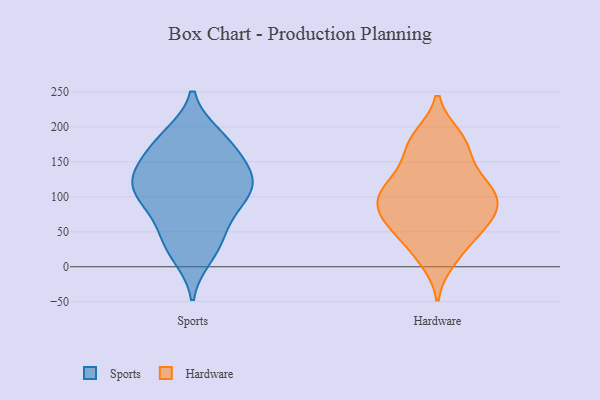
{"axis": {"x": "Temperature (°C)", "y": "Value"}, "legend": ["Hardware", "Sports"], "data": [{"x": "", "y": 188, "type": "Sports"}, {"x": "", "y": 99, "type": "Sports"}, {"x": "", "y": 95, "type": "Sports"}, {"x": "", "y": 41, "type": "Sports"}, {"x": "", "y": 68, "type": "Sports"}, {"x": "", "y": 102, "type": "Sports"}, {"x": "", "y": 156, "type": "Sports"}, {"x": "", "y": 101, "type": "Sports"}, {"x": "", "y": 187, "type": "Sports"}, {"x": "", "y": 130, "type": "Sports"}, {"x": "", "y": 123, "type": "Sports"}, {"x": "", "y": 182, "type": "Sports"}, {"x": "", "y": 119, "type": "Sports"}, {"x": "", "y": 127, "type": "Sports"}, {"x": "", "y": 22, "type": "Sports"}, {"x": "", "y": 143, "type": "Sports"}, {"x": "", "y": 159, "type": "Sports"}, {"x": "", "y": 52, "type": "Sports"}, {"x": "", "y": 15, "type": "Sports"}, {"x": "", "y": 184, "type": "Hardware"}, {"x": "", "y": 11, "type": "Hardware"}, {"x": "", "y": 40, "type": "Hardware"}, {"x": "", "y": 105, "type": "Hardware"}, {"x": "", "y": 106, "type": "Hardware"}, {"x": "", "y": 176, "type": "Hardware"}, {"x": "", "y": 145, "type": "Hardware"}, {"x": "", "y": 19, "type": "Hardware"}, {"x": "", "y": 114, "type": "Hardware"}, {"x": "", "y": 116, "type": "Hardware"}, {"x": "", "y": 81, "type": "Hardware"}, {"x": "", "y": 165, "type": "Hardware"}, {"x": "", "y": 59, "type": "Hardware"}, {"x": "", "y": 185, "type": "Hardware"}, {"x": "", "y": 61, "type": "Hardware"}, {"x": "", "y": 76, "type": "Hardware"}, {"x": "", "y": 114, "type": "Hardware"}, {"x": "", "y": 63, "type": "Hardware"}, {"x": "", "y": 101, "type": "Hardware"}, {"x": "", "y": 79, "type": "Hardware"}]}